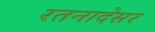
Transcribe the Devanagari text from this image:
रतनादेसर